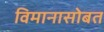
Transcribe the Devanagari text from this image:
विमानासोबत